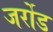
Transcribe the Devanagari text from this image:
जर्रोड